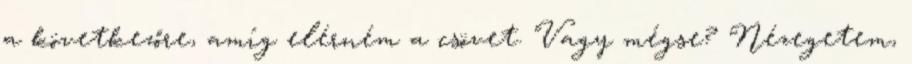
a következőre, amíg elérném a csövet. Vagy mégse? Nézegetem,